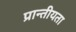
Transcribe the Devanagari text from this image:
प्रान्तीयता